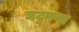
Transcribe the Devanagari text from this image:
घट्टपणा